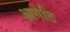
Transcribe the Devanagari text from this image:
आगेटि